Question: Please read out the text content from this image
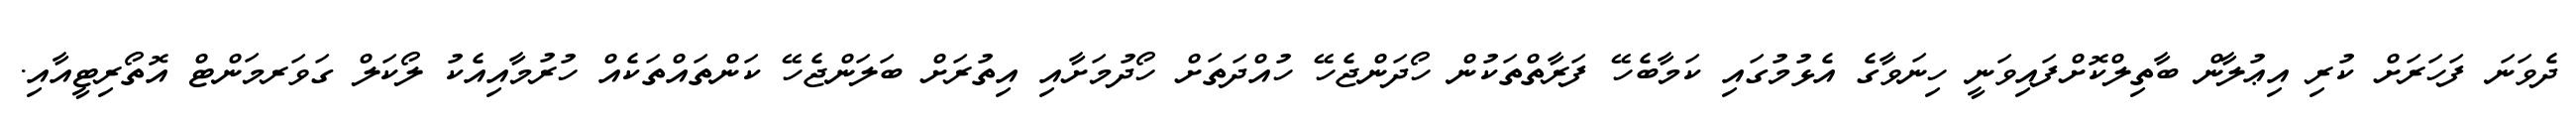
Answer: ދެވަނަ ފަހަރަށް ކުރި އިޢުލާން ބާތިލްކޮށްފައިވަނީ ހިނަވާގެ އެޅުމުގައި ކަމާބެހޭ ފަރާތްތަކުން ހޯދަންޖެހޭ ހުއްދަތަށް ހޯދުމަށާއި އިތުރަށް ބަލަންޖެހޭ ކަންތައްތަކެއް ހުރުމާއިއެކު ލޯކަލް ގަވަރމަންޓް އޮތޯރިޓީއާއި.